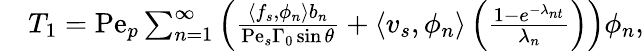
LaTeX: \begin{array}{rl}&{T_{1}=\mathrm{Pe}_{p}\sum_{n=1}^{\infty}\left(\frac{\left\langle f_{s},\phi_{n}\right\rangle b_{n}}{\mathrm{Pe}_{s}\Gamma_{0}\sin\theta}+\left\langle v_{s},\phi_{n}\right\rangle\left(\frac{1-e^{-\lambda_{nt}}}{\lambda_{n}}\right)\right)\phi_{n},}\end{array}